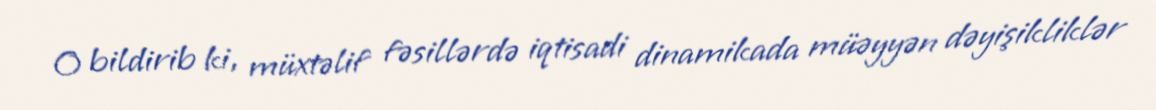
O bildirib ki, müxtəlif fəsillərdə iqtisadi dinamikada müəyyən dəyişikliklər